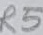
Text: R5